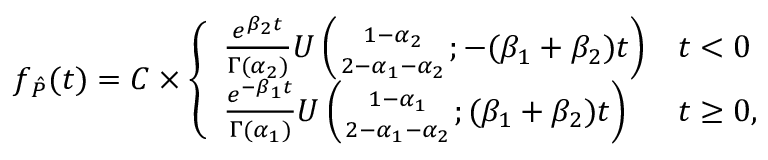
f _ { \hat { P } } ( t ) = C \times \left\{ \begin{array} { l l } { \frac { e ^ { \beta _ { 2 } t } } { \Gamma ( \alpha _ { 2 } ) } U \left( { 1 - \alpha _ { 2 } \atop 2 - \alpha _ { 1 } - \alpha _ { 2 } } ; - ( \beta _ { 1 } + \beta _ { 2 } ) t \right) } & { t < 0 } \\ { \frac { e ^ { - \beta _ { 1 } t } } { \Gamma ( \alpha _ { 1 } ) } U \left( { 1 - \alpha _ { 1 } \atop 2 - \alpha _ { 1 } - \alpha _ { 2 } } ; ( \beta _ { 1 } + \beta _ { 2 } ) t \right) } & { t \geq 0 , } \end{array} \right.